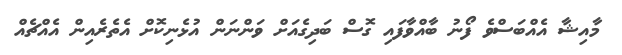
މާއިޝާ އެއްބަސްވެ ފޯނު ބާއްވާފައި ގޮސް ބަދިގެއަށް ވަންނަން އުޅެނިކޮށް އެތެރެއިން އެއްޗެއް